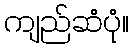
ကျည်ဆံပုံ။